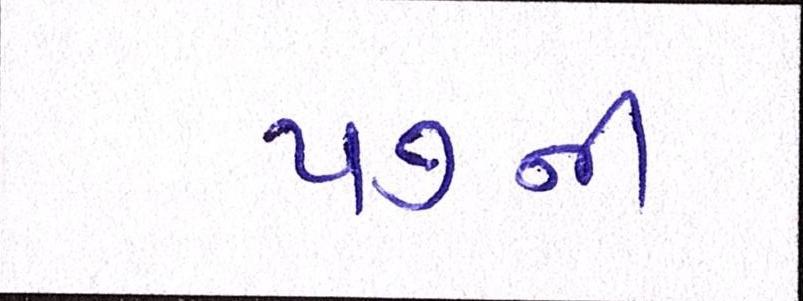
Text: ૫૭ની